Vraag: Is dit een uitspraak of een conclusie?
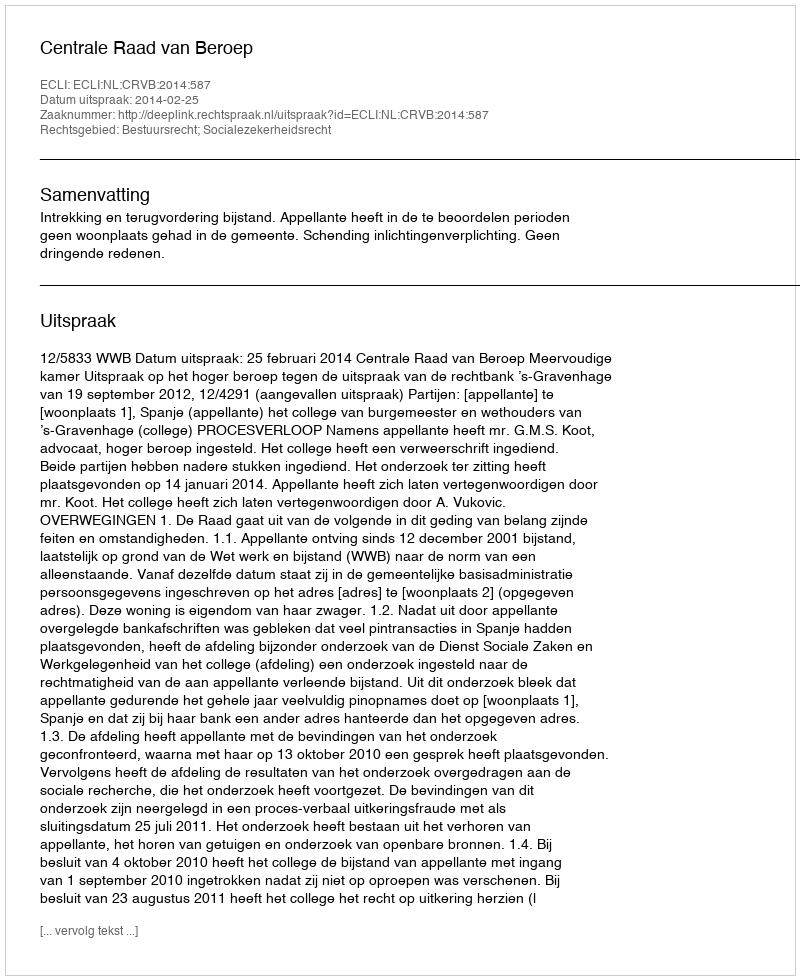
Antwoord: Uitspraak